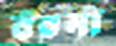
বরমা